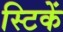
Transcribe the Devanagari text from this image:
स्टिकें